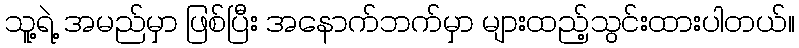
သူ့ရဲ့ အမည်မှာ ဖြစ်ပြီး အနောက်ဘက်မှာ များထည့်သွင်းထားပါတယ်။